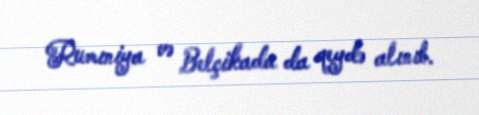
Rumıniya və Belçikada da qeydə alınıb.